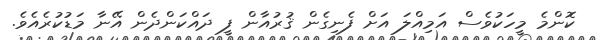
ކޮންމެ މީހަކުވެސް އަމިއްލަ އަށް ފެނިގެން ޤުރުއާން ފީ ދައްކަންދެން އޭނާ މަޑުކުރެއެވެ.